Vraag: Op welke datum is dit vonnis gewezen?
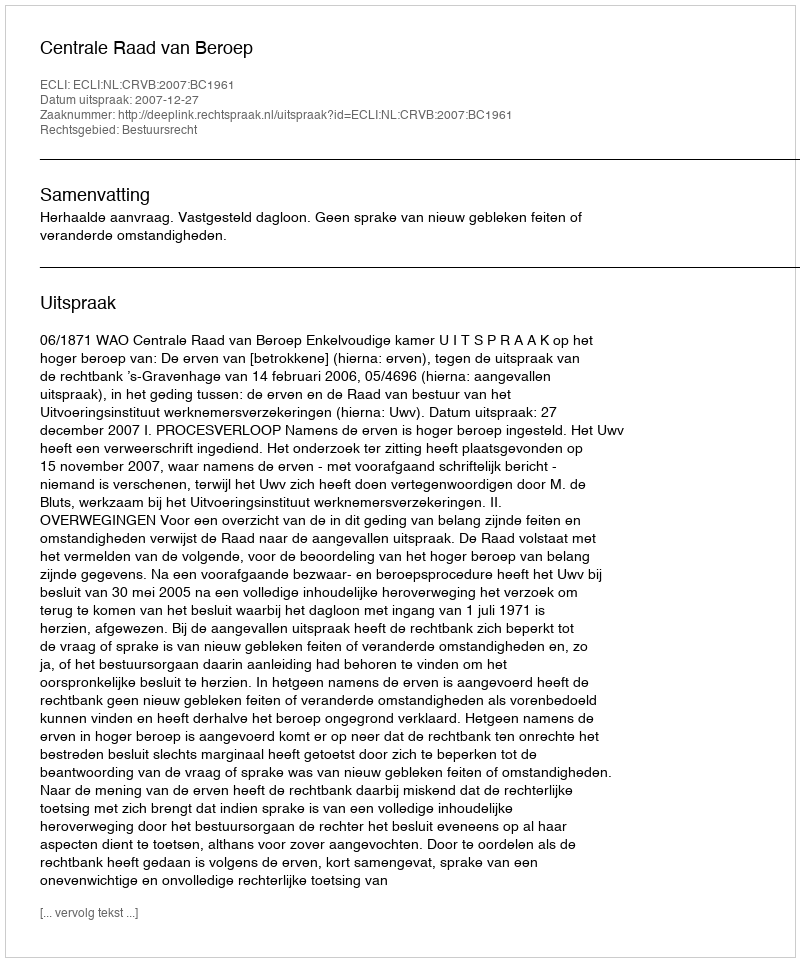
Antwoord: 2007-12-27